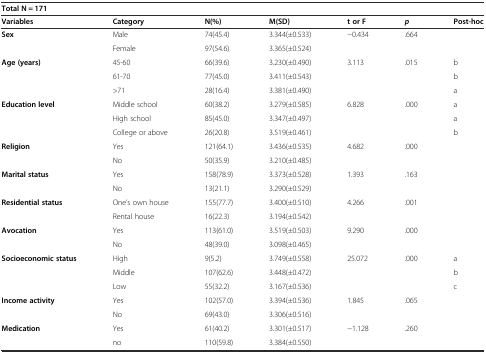
<table><thead><tr><td colspan="7"><b>Total N = 171</b></td></tr><tr><td><b>Variables</b></td><td><b>Category</b></td><td><b>N(%)</b></td><td><b>M(SD)</b></td><td><b>t or F</b></td><td><b><i>p</i></b></td><td><b>Post-hoc</b></td></tr></thead><tbody><tr><td rowspan="2"><b>Sex</b></td><td>Male</td><td>74(45.4)</td><td>3.344(±0.533)</td><td rowspan="2">−0.434</td><td rowspan="2">.664</td><td></td></tr><tr><td>Female</td><td>97(54.6)</td><td>3.365(±0.524)</td><td></td></tr><tr><td rowspan="3"><b>Age (years)</b></td><td>45-60</td><td>66(39.6)</td><td>3.230(±0.490)</td><td rowspan="3">3.113</td><td rowspan="3">.015</td><td>b</td></tr><tr><td>61-70</td><td>77(45.0)</td><td>3.411(±0.543)</td><td>b</td></tr><tr><td>&gt;71</td><td>28(16.4)</td><td>3.381(±0.490)</td><td>a</td></tr><tr><td rowspan="3"><b>Education level</b></td><td>Middle school</td><td>60(38.2)</td><td>3.279(±0.585)</td><td rowspan="3">6.828</td><td rowspan="3">.000</td><td>a</td></tr><tr><td>High school</td><td>85(45.0)</td><td>3.347(±0.497)</td><td>a</td></tr><tr><td>College or above</td><td>26(20.8)</td><td>3.519(±0.461)</td><td>b</td></tr><tr><td rowspan="2"><b>Religion</b></td><td>Yes</td><td>121(64.1)</td><td>3.436(±0.535)</td><td rowspan="2">4.682</td><td rowspan="2">.000</td><td></td></tr><tr><td>No</td><td>50(35.9)</td><td>3.210(±0.485)</td><td></td></tr><tr><td rowspan="2"><b>Marital status</b></td><td>Yes</td><td>158(78.9)</td><td>3.373(±0.528)</td><td rowspan="2">1.393</td><td rowspan="2">.163</td><td></td></tr><tr><td>No</td><td>13(21.1)</td><td>3.290(±0.529)</td><td></td></tr><tr><td rowspan="2"><b>Residential status</b></td><td>One’s own house</td><td>155(77.7)</td><td>3.400(±0.510)</td><td rowspan="2">4.266</td><td rowspan="2">.001</td><td></td></tr><tr><td>Rental house</td><td>16(22.3)</td><td>3.194(±0.542)</td><td></td></tr><tr><td rowspan="2"><b>Avocation</b></td><td>Yes</td><td>113(61.0)</td><td>3.519(±0.503)</td><td rowspan="2">9.290</td><td rowspan="2">.000</td><td></td></tr><tr><td>No</td><td>48(39.0)</td><td>3.098(±0.465)</td><td></td></tr><tr><td rowspan="3"><b>Socioeconomic status</b></td><td>High</td><td>9(5.2)</td><td>3.749(±0.558)</td><td rowspan="3">25.072</td><td rowspan="3">.000</td><td>a</td></tr><tr><td>Middle</td><td>107(62.6)</td><td>3.448(±0.472)</td><td>b</td></tr><tr><td>Low</td><td>55(32.2)</td><td>3.167(±0.536)</td><td>c</td></tr><tr><td rowspan="2"><b>Income activity</b></td><td>Yes</td><td>102(57.0)</td><td>3.394(±0.536)</td><td rowspan="2">1.845</td><td rowspan="2">.065</td><td></td></tr><tr><td>No</td><td>69(43.0)</td><td>3.306(±0.516)</td><td></td></tr><tr><td rowspan="2"><b>Medication</b></td><td>Yes</td><td>61(40.2)</td><td>3.301(±0.517)</td><td rowspan="2">−1.128</td><td rowspan="2">.260</td><td></td></tr><tr><td>no</td><td>110(59.8)</td><td>3.384(±0.550)</td><td></td></tr></tbody></table>